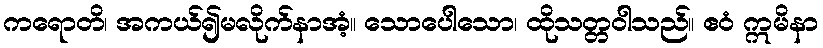
ကရောတိ၊ အကယ်၍မလိုက်နာအံ့။ သောပေါသော၊ ထိုသတ္တဝါသည်။ ဧဝံ ဣမိနာ